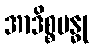
အာဒိစ္စဗန္ဓု